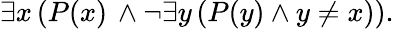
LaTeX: \exists x\, (P(x)\, \wedge\neg\exists y\, (P(y)\wedge y\neq x)).